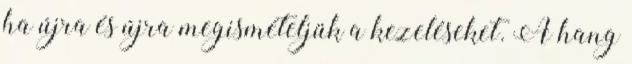
ha újra és újra megismételjük a kezeléseket. A hang